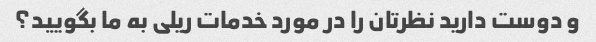
و دوست دارید نظرتان را در مورد خدمات ریلی به ما بگویید؟